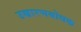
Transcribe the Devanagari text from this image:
उच्चारणबोधक